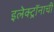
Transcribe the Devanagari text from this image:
इलेक्ट्रॉनाची